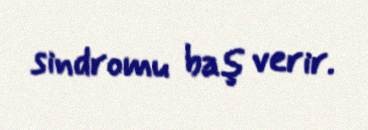
sindromu baş verir.